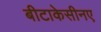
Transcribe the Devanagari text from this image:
बीटाकेसीनए